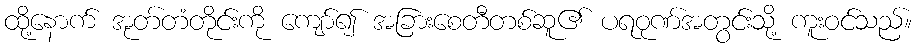
ထို့နောက် အုတ်တံတိုင်းကို ကျော်၍ အခြားစေတီတစ်ဆူ၏ ပရဝုဏ်အတွင်းသို့ ကူးဝင်သည်။